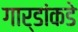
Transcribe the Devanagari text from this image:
गार्डांकडे